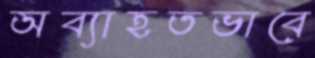
অব্যাহতভাবে